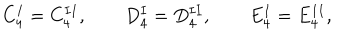
C _ { 4 } ^ { I } = C _ { 4 } ^ { I I } , \qquad D _ { 4 } ^ { I } = D _ { 4 } ^ { I I } , \qquad E _ { 4 } ^ { I } = E _ { 4 } ^ { I I } ,